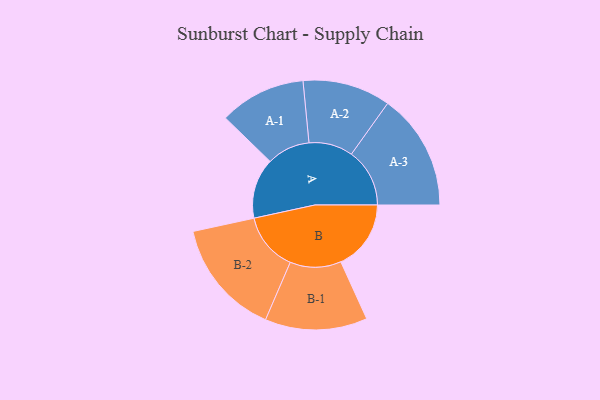
{"axis": {"x": "Segment", "y": "Value"}, "legend": ["", "A", "B"], "data": [{"x": "A", "y": 295, "type": ""}, {"x": "B", "y": 343, "type": ""}, {"x": "A-1", "y": 211, "type": "A"}, {"x": "A-2", "y": 215, "type": "A"}, {"x": "A-3", "y": 285, "type": "A"}, {"x": "B-1", "y": 250, "type": "B"}, {"x": "B-2", "y": 285, "type": "B"}]}